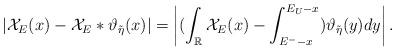
LaTeX: \begin{align*} |\mathcal{X}_E(x)-\mathcal{X}_E*\vartheta_{\tilde{\eta}}(x)|=\left | (\int_{\mathbb{R} } \mathcal{X}_E(x)-\int_{E^--x}^{E_U-x})\vartheta_{\tilde{\eta}}(y)dy \right |.\end{align*}